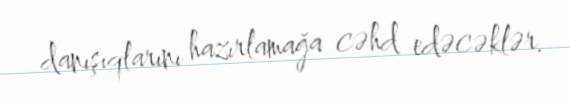
danışıqlarını hazırlamağa cəhd edəcəklər.